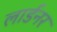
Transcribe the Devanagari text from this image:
लार्डनर